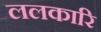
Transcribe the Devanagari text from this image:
ललकारि